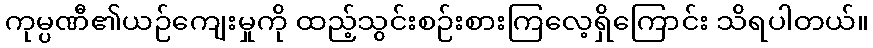
ကုမ္ပဏီ၏ယဉ်ကျေးမှုကို ထည့်သွင်းစဉ်းစားကြလေ့ရှိကြောင်း သိရပါတယ်။